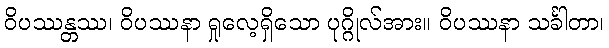
ဝိပဿန္တဿ၊ ဝိပဿနာ ရှုလေ့ရှိသော ပုဂ္ဂိုလ်အား။ ဝိပဿနာ သင်္ခါတာ၊